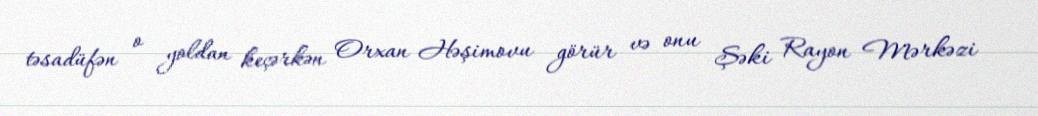
təsadüfən o yoldan keçərkən Orxan Həşimovu görür və onu Şəki Rayon Mərkəzi